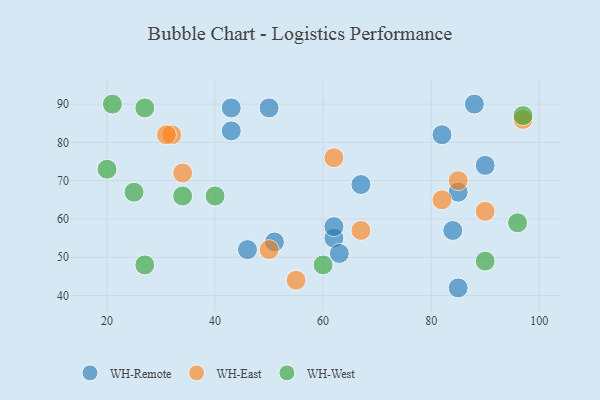
{"axis": {"x": "GDP", "y": "Life Expectancy"}, "legend": ["WH-East", "WH-Remote", "WH-West"], "data": [{"x": "90", "y": 74, "type": "WH-Remote"}, {"x": "67", "y": 69, "type": "WH-Remote"}, {"x": "43", "y": 83, "type": "WH-Remote"}, {"x": "51", "y": 54, "type": "WH-Remote"}, {"x": "46", "y": 52, "type": "WH-Remote"}, {"x": "62", "y": 55, "type": "WH-Remote"}, {"x": "88", "y": 90, "type": "WH-Remote"}, {"x": "43", "y": 89, "type": "WH-Remote"}, {"x": "85", "y": 42, "type": "WH-Remote"}, {"x": "84", "y": 57, "type": "WH-Remote"}, {"x": "82", "y": 82, "type": "WH-Remote"}, {"x": "62", "y": 58, "type": "WH-Remote"}, {"x": "63", "y": 51, "type": "WH-Remote"}, {"x": "50", "y": 89, "type": "WH-Remote"}, {"x": "85", "y": 67, "type": "WH-Remote"}, {"x": "34", "y": 72, "type": "WH-East"}, {"x": "32", "y": 82, "type": "WH-East"}, {"x": "97", "y": 86, "type": "WH-East"}, {"x": "55", "y": 44, "type": "WH-East"}, {"x": "85", "y": 70, "type": "WH-East"}, {"x": "62", "y": 76, "type": "WH-East"}, {"x": "31", "y": 82, "type": "WH-East"}, {"x": "82", "y": 65, "type": "WH-East"}, {"x": "67", "y": 57, "type": "WH-East"}, {"x": "90", "y": 62, "type": "WH-East"}, {"x": "50", "y": 52, "type": "WH-East"}, {"x": "27", "y": 48, "type": "WH-West"}, {"x": "97", "y": 87, "type": "WH-West"}, {"x": "96", "y": 59, "type": "WH-West"}, {"x": "20", "y": 73, "type": "WH-West"}, {"x": "25", "y": 67, "type": "WH-West"}, {"x": "34", "y": 66, "type": "WH-West"}, {"x": "21", "y": 90, "type": "WH-West"}, {"x": "27", "y": 89, "type": "WH-West"}, {"x": "90", "y": 49, "type": "WH-West"}, {"x": "60", "y": 48, "type": "WH-West"}, {"x": "40", "y": 66, "type": "WH-West"}]}